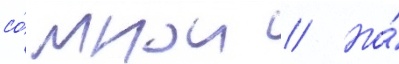
со́ мнои // Но́